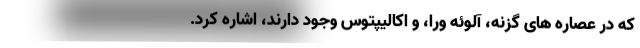
که در عصاره های گزنه، آلوئه ورا، و اکالیپتوس وجود دارند، اشاره کرد.